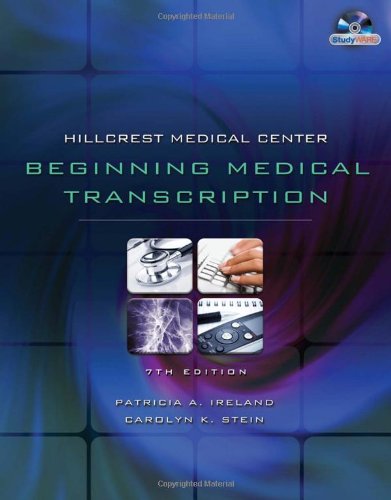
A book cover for Hillcrest Medical Center: Beginning Medical Transcription; Patricia Ireland; Medical Books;